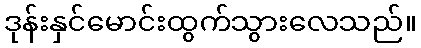
ဒုန်းနှင်မောင်းထွက်သွားလေသည်။